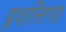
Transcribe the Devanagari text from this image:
प्रशस्तिपट्ट